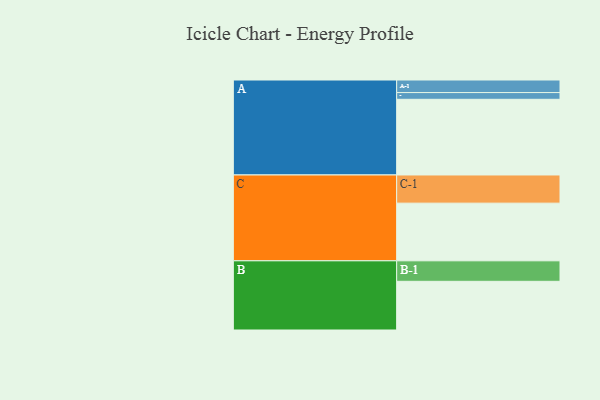
{"axis": {"x": "Segment", "y": "Value"}, "legend": ["", "A", "B", "C"], "data": [{"x": "A", "y": 572, "type": ""}, {"x": "B", "y": 368, "type": ""}, {"x": "C", "y": 436, "type": ""}, {"x": "A-1", "y": 95, "type": "A"}, {"x": "A-2", "y": 51, "type": "A"}, {"x": "B-1", "y": 155, "type": "B"}, {"x": "C-1", "y": 213, "type": "C"}]}